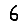
Digit: 6